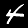
Label: 4